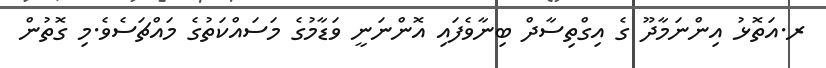
ރ.އަތޮޅު އިންނަމާދޫ ގެ އިގްތިސާދް ބިނާވެފައި އޮންނަނީ ވަޑާމުގެ މަސައްކަތުގެ މައްޗަސެވެ.މި ގޮތުން